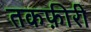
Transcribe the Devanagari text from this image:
तकफ़ीरी